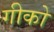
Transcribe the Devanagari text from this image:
गीको